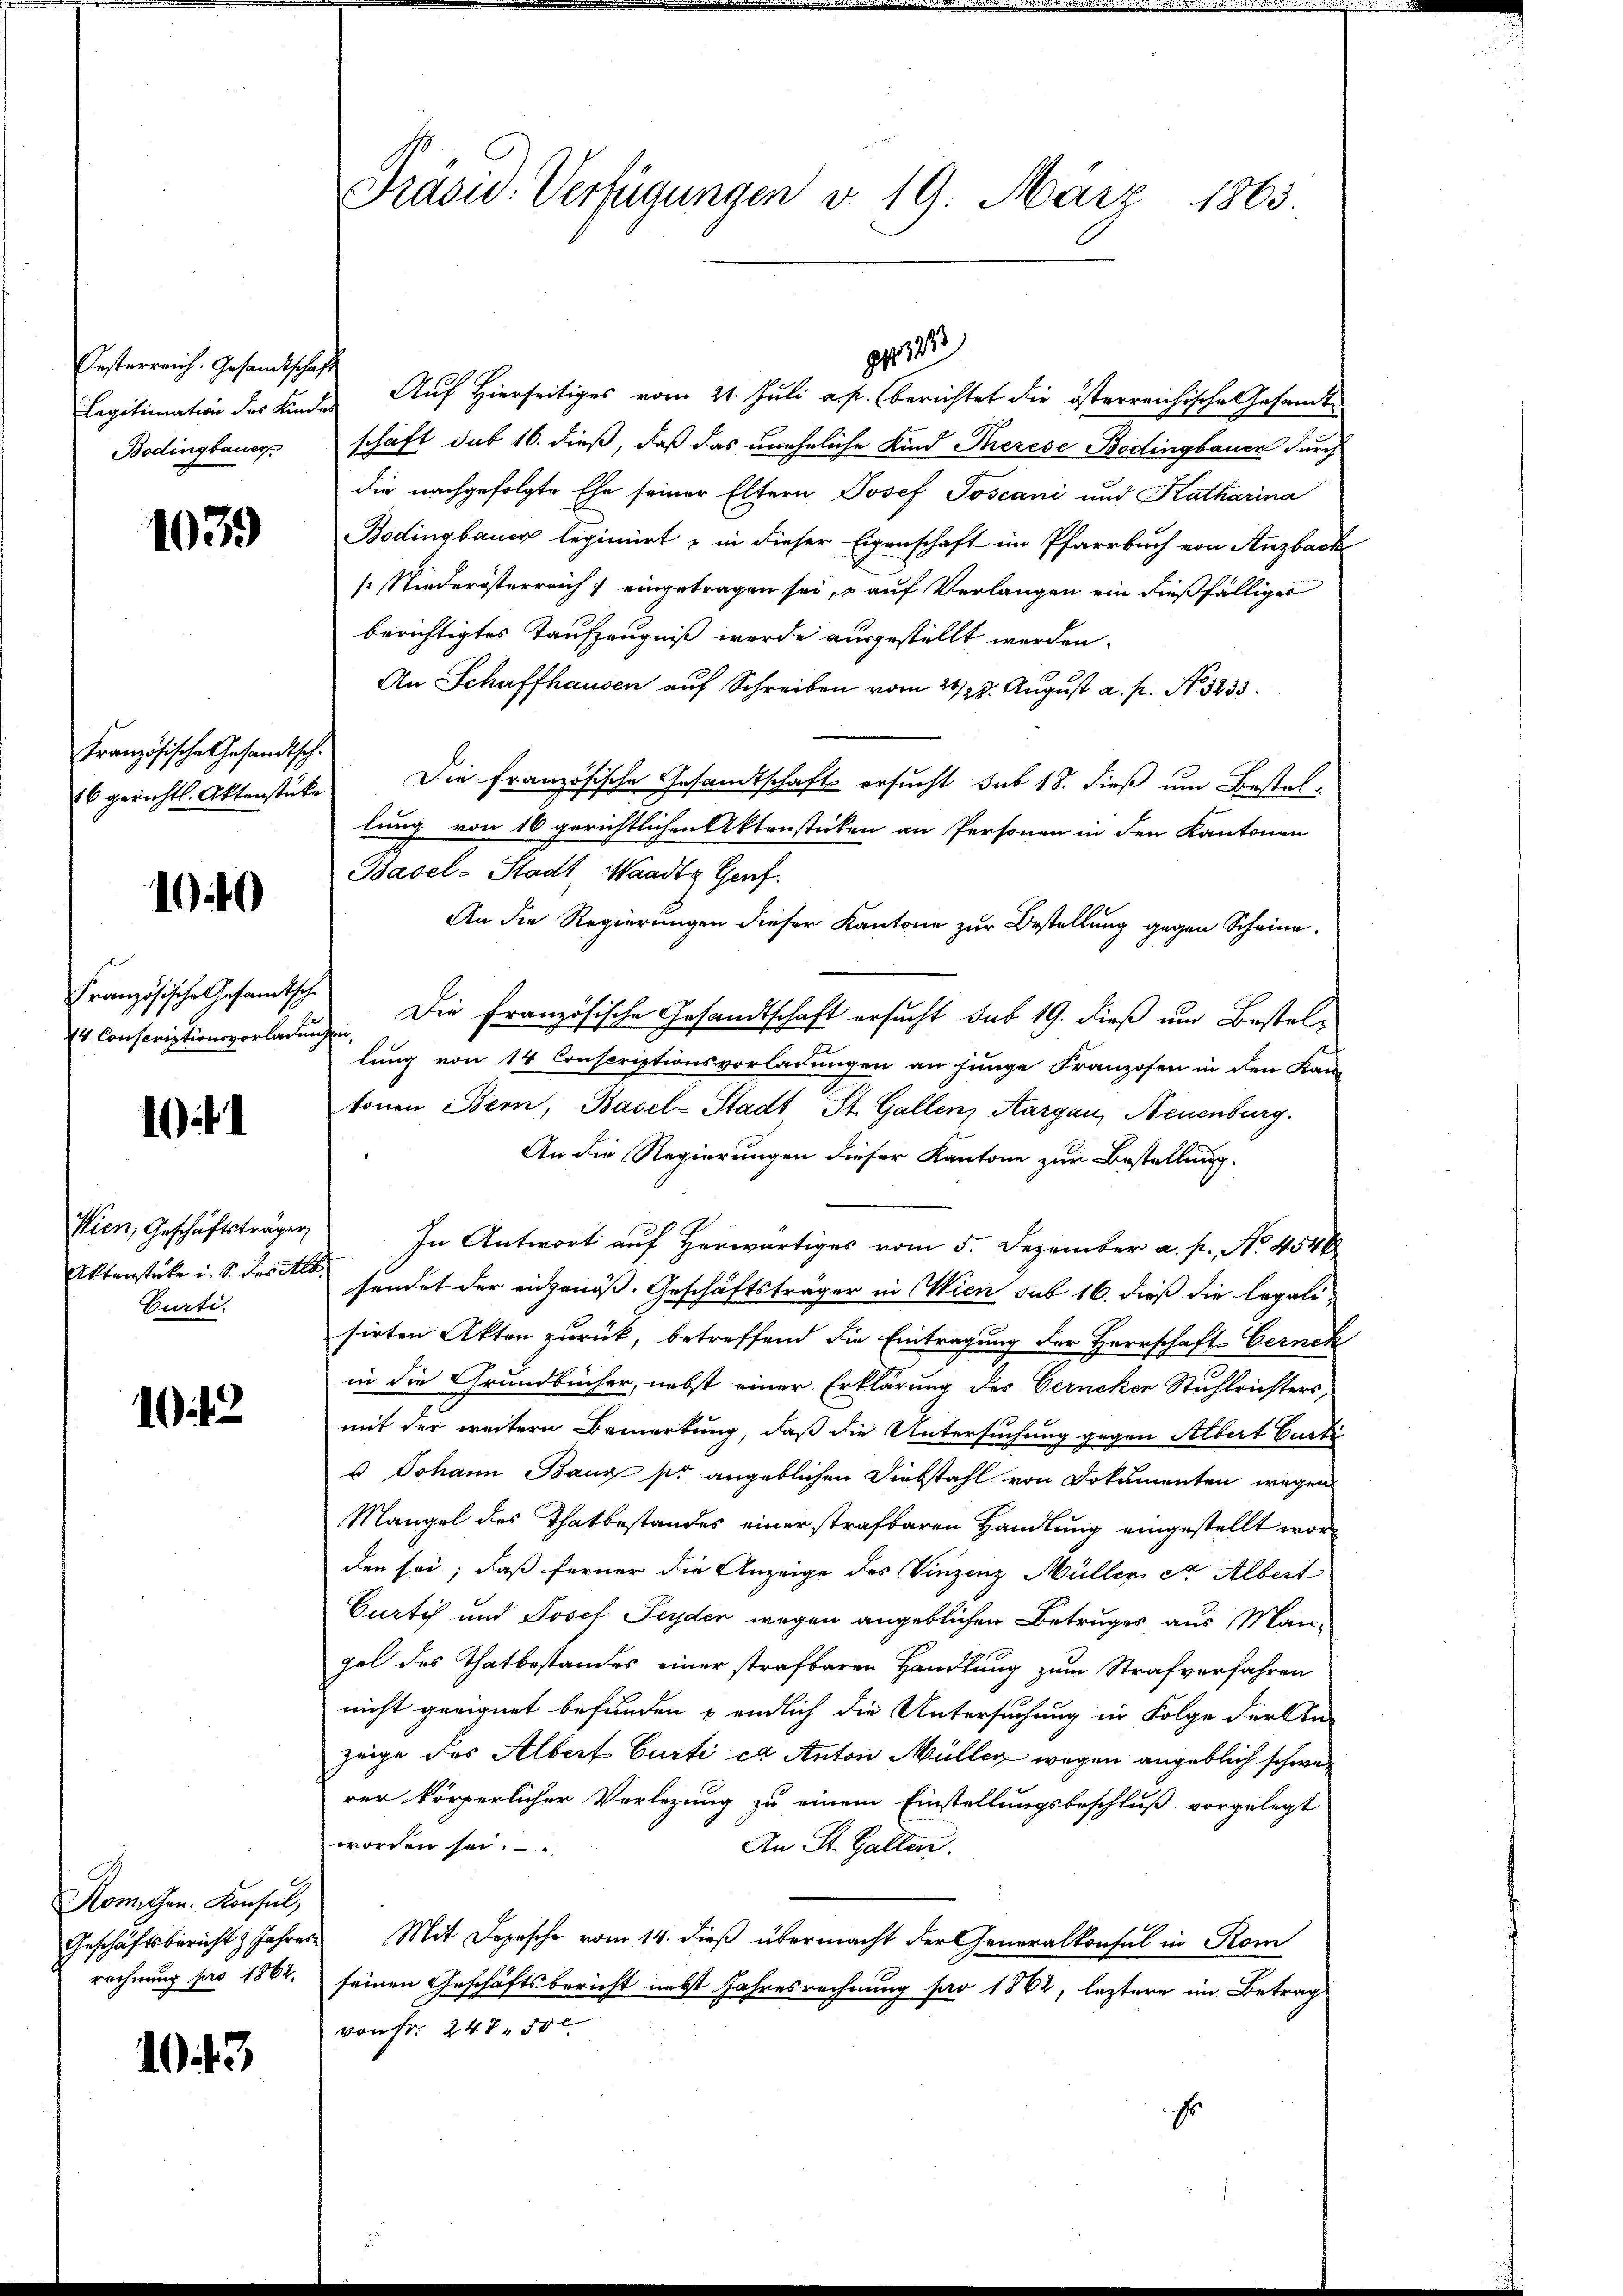
Oesterreich. Gesandtschaft
Bodingbauer

1039

Französische Gesandtsch.
16 gerichtl. Aktenstücke

1049

Französische Gesamtsche
4. Conscriptionsvorladung

10

Wien, Geschäftsträger
Aktenstücke u. S. des Alo
Curti,

103

Komiten. Konsul,
Geschäftsbericht 3 Jahre
rechnung pro 1862.

1013.

Präsid. Verfügungen v. 19. März 1863.

Legitimation des Kindes Auf Hierseitiges vom 21. Juli a. p. berichtet die österreichische Gesandtschaft sub 16. dieß, daß das uneheliche Kind Therese Bedingbauer durch
die nachgefolgte Ehe seiner Eltern Josef Toscani und Katharina
Bodingbauer legimirt & in dieser Eigenschaft im Pfarrbuch von Anzbach
s Niederösterreich eingetragen sei, o auf Verlangen ein dießfälliges
berichtigtes Taufzeugniß werde ausgestellt werden.
An Schaffhausen auf Schreiben vom 28/29. August a. p. N. 3235.
Die französische Gesandtschaft ersucht sub 18. dieß um Bestellung von 10 gerichtlichen Aktenstücken an Personen in den Kantonen
Basel-Stadt, Waadt Genf.
An die Regierungen dieser Kantone zur Bestellung gegen Scheine
Die Französische Gesandtschaft ersucht sub 19. dieß um Bestelohren,
lung von 14 Conscriptionsvorladungen an junge Franzosen in den Kan
tonen Bern, Basel-Stadt St. Gallen, Aargau, Neuenburg.
An die Regierungen dieser Kantone zur Bestellung.
In Antwort auf Herwärtiges vom 5. Dezember a. p. No. 4546
sendet der eidgenöß. Geschäftsträger in Wien sub 16. dieß die legalisirten Akten zurück, betreffend die Eintragung der Herrschaft-Gerneh
in die Grundbücher, nebst einer Erklärung des Cerncken Stuhlrichters,
mit der weitern Bemerkung, daß die Untersuchung gegen Albert Curti
u Johann Bang pr angeblichen Diebstahl von Dokumenten wegen
Mangel des Thatbestandes einer strafbaren Handlung eingestellt worden sei; daß ferner die Anzeige des Vinzenz Müller et Albert
Curtis und Josef Seyder wegen angeblichen Betruges aus Mangel des Thatbestandes einer strafbaren Handlung zum Strafverfahren
nicht geeignet befunden & endlich die Untersuchung in Folge der An-
zeige des Albert Curti ed Anton Müller wegen angeblich schwer
rer körperlicher Verlegung zu einem Einstellungsbeschluß vorgelegt
worden sei.
An St. Gallen.
Mit Depesche vom 14. dieß übermacht der Generalkonsul in Kom
seinen Geschäftsbericht nebst Jahresrechnung für 1862, leztere im Betrag
von Fr. 247. 50 l.
Er

22